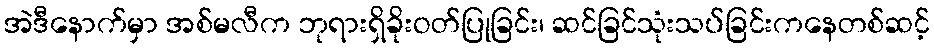
အဲဒီနောက်မှာ အစ်မလီက ဘုရားရှိခိုးဝတ်ပြုခြင်း၊ ဆင်ခြင်သုံးသပ်ခြင်းကနေတစ်ဆင့်